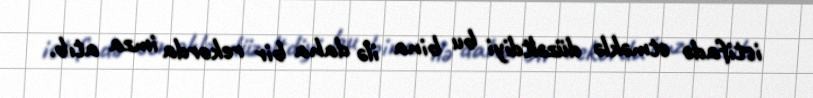
istifadə etməklə düzəltdiyi bu bina ilə daha bir rekorda imza atıb.